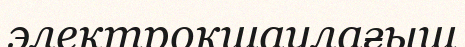
электроқшаулағыш